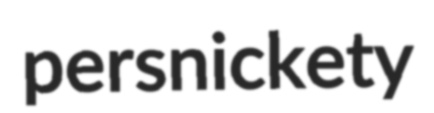
persnickety